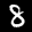
Label: 8